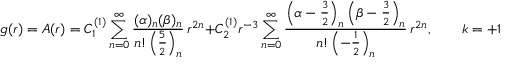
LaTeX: g ( r ) = A ( r ) = C _ { 1 } ^ { ( 1 ) } \sum _ { n = 0 } ^ { \infty } \frac { ( \alpha ) _ { n } ( \beta ) _ { n } } { n ! \left( \frac 5 2 \right) _ { n } } \, r ^ { 2 n } + C _ { 2 } ^ { ( 1 ) } r ^ { - 3 } \sum _ { n = 0 } ^ { \infty } \frac { \left( \alpha - \frac 3 2 \right) _ { n } \left( \beta - \frac 3 2 \right) _ { n } } { n ! \left( - \frac 1 2 \right) _ { n } } \, r ^ { 2 n } , \qquad k = + 1 .